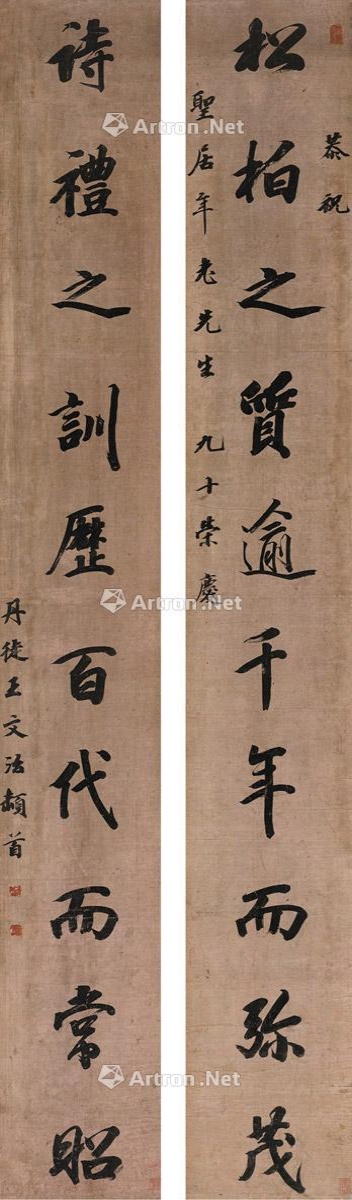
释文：松柏之质逾千年而弥茂，诗礼之训历百代而常昭。恭祝圣居年老先生九十容庆，丹徒王文治顿首。